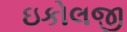
ઇકોલજી